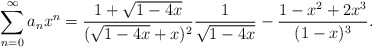
\begin{align*} \sum_{n=0}^\infty a_nx^n = \frac{1+\sqrt{1-4x}}{(\sqrt{1-4x}+x)^2}\frac1{\sqrt{1-4x}} - \frac{1-x^2+2x^3}{(1-x)^3}. \end{align*}